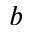
^ b